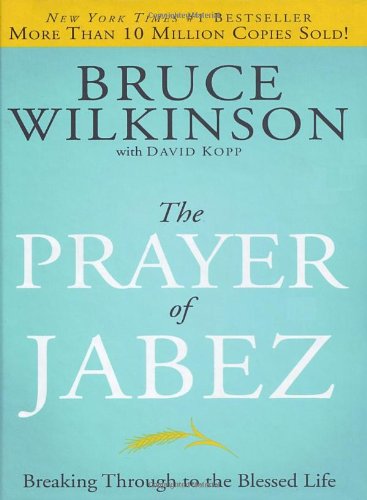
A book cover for The Prayer of Jabez: Breaking Through to the Blessed Life (Breakthrough Series); Bruce Wilkinson; Religion & Spirituality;